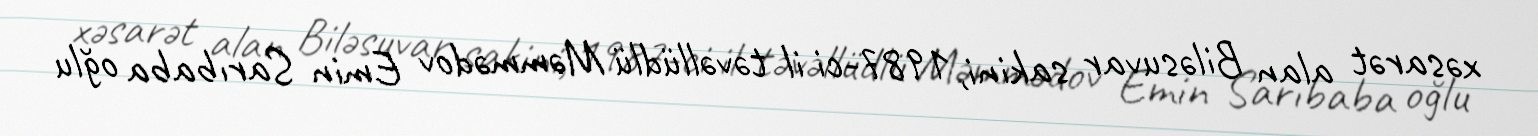
xəsarət alan Biləsuvar sakini, 1987-ci il təvəllüdlü Məmmədov Emin Sarıbaba oğlu